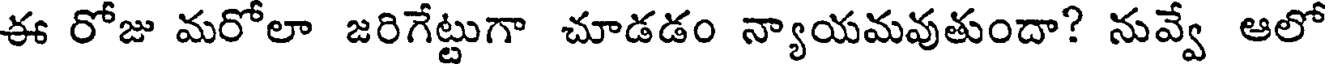
ఈ రోజు మరోలా జరిగేట్టుగా చూడడం న్యాయమవుతుందా? నువ్వే ఆలో